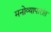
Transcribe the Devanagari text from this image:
मनोव्यापारांत